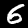
Label: 6